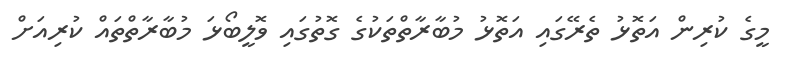
މީގެ ކުރިން އަތޮޅު ތެރޭގައި އަތޮޅު މުބާރާތްތަކުގެ ގޮތުގައި ވޮލީބޯޅަ މުބާރާތްތައް ކުރިއަށް